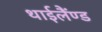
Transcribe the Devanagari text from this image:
थाईलैंण्ड